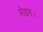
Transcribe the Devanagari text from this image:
रोइंग।